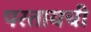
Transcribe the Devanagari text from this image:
परतायची